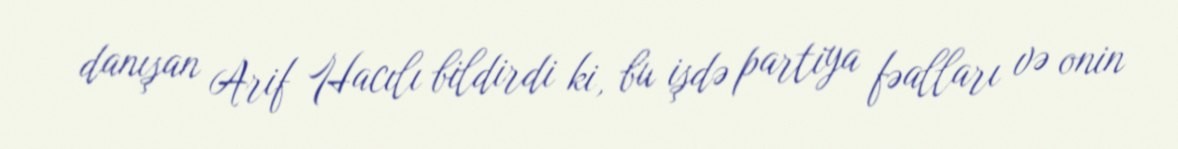
danışan Arif Hacılı bildirdi ki, bu işdə partiya fəalları və onin